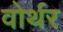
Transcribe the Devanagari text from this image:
वोर्थर